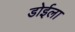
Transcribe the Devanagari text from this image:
डोईला